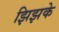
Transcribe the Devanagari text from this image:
झिझके